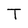
Character: T